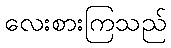
လေးစားကြသည်